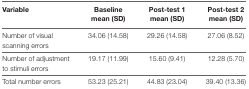
| Variable | Baseline mean (SD) | Post-test 1 mean (SD) | Post-test 2 mean (SD) |
 | --- | --- | --- | --- |
 | Number of visual scanning errors | 34.06 (14.58) | 29.26 (14.58) | 27.06 (8.52) |
 | Number of adjustment to stimuli errors | 19.17 (11.99) | 15.60 (9.41) | 12.28 (5.70) |
 | Total number errors | 53.23 (25.21) | 44.83 (23.04) | 39.40 (13.36) |